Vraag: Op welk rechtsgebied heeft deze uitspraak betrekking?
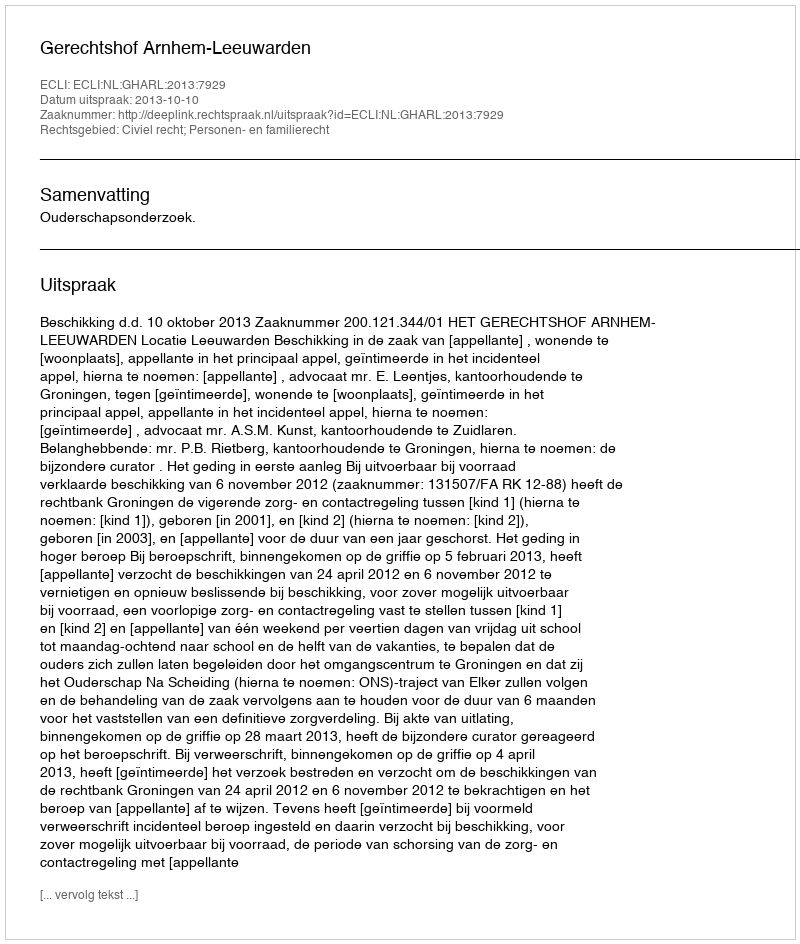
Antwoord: Civiel recht; Personen- en familierecht